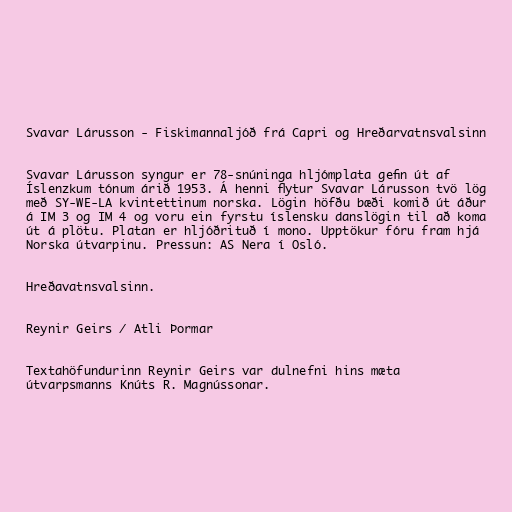
Svavar Lárusson - Fiskimannaljóð frá Capri og Hreðarvatnsvalsinn

Svavar Lárusson syngur er 78-snúninga hljómplata gefin út af
Íslenzkum tónum árið 1953. Á henni flytur Svavar Lárusson tvö lög
með SY-WE-LA kvintettinum norska. Lögin höfðu bæði komið út áður
á IM 3 og IM 4 og voru ein fyrstu íslensku danslögin til að koma
út á plötu. Platan er hljóðrituð í mono. Upptökur fóru fram hjá
Norska útvarpinu. Pressun: AS Nera í Osló.

Hreðavatnsvalsinn.

Reynir Geirs / Atli Þormar

Textahöfundurinn Reynir Geirs var dulnefni hins mæta
útvarpsmanns Knúts R. Magnússonar.